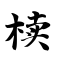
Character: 椟